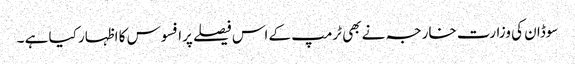
سوڈان کی وزارت خارجہ نے بھی ٹرمپ کے اس فیصلے پرافسوس کا اظہار کیا ہے ۔